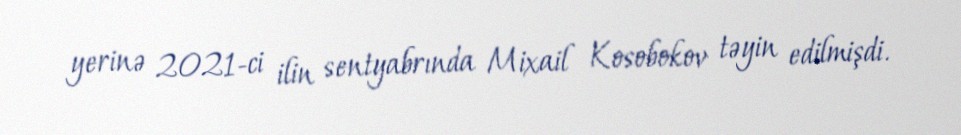
yerinə 2021-ci ilin sentyabrında Mixail Kosobokov təyin edilmişdi.